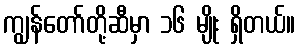
ကျွန်တော်တို့ဆီမှာ ၁၆ မျိုး ရှိတယ်။